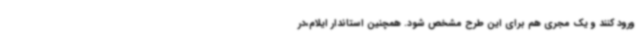
ورود کنند و یک مجری هم برای این طرح مشخص شود. همچنین استاندار ایلام،در